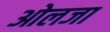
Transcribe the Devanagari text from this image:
ओलजा